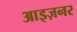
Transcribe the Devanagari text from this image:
आइज़नर